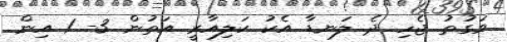
ވަގުތު ޖެހި ދެ ލަނޑާ އެކު ކަލިއާރީ އަތުން 3- 1 އިން